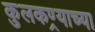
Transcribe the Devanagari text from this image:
कुलकण्र्याच्या